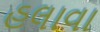
હલાવા